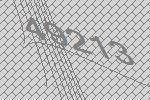
49213